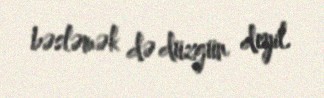
bəsləmək də düzgün deyil.